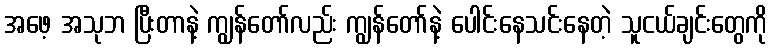
အဖေ့ အသုဘ ပြီးတာနဲ့ ကျွန်တော်လည်း ကျွန်တော်နဲ့ ပေါင်းနေသင်းနေတဲ့ သူငယ်ချင်းတွေကို